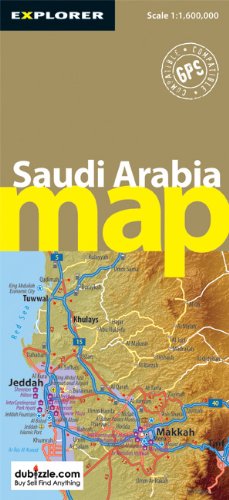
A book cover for Saudi Arabia Map (Explorer); Explorer Publishing; Travel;